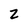
Character: z